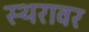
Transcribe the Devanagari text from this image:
स्थरावर